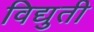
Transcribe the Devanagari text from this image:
विद्युती